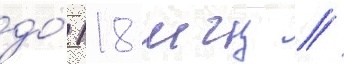
до́ 118 мгц //